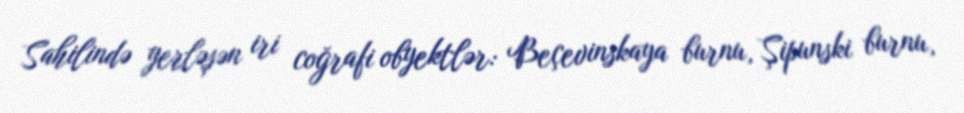
Sahilində yerləşən iri coğrafi obyektlər: Beçevinskaya burnu, Şipunski burnu,